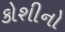
કોશીનો